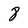
Character: 8